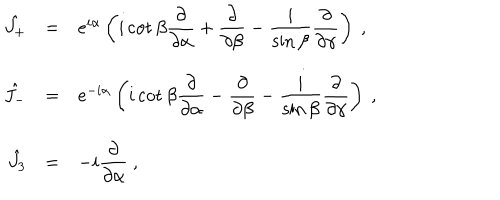
\begin{array} { r c l } { { \hat { J _ { + } } } } & { { = } } & { { e ^ { i \alpha } \left( i \cot \beta \displaystyle \frac { \partial } { \partial \alpha } + \frac { \partial } { \partial \beta } - \frac { i } { \sin \beta } \frac { \partial } { \partial \gamma } \right) ~ , } } \\ { { \hat { J _ { - } } } } & { { = } } & { { e ^ { - i \alpha } \left( i \cot \beta \displaystyle \frac { \partial } { \partial \alpha } - \frac { \partial } { \partial \beta } - \frac { i } { \sin \beta } \frac { \partial } { \partial \gamma } \right) ~ , } } \\ { { \hat { J _ { 3 } } } } & { { = } } & { { - i \displaystyle \frac { \partial } { \partial \alpha } ~ , } } \\ \end{array}